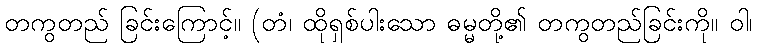
တကွတည် ခြင်းကြောင့်။ (တံ၊ ထိုရှစ်ပါးသော ဓမ္မတို့၏ တကွတည်ခြင်းကို။ ဝါ၊